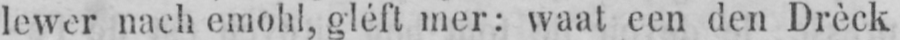
lewer nach emohl, gléft mer: waat een den Drèck